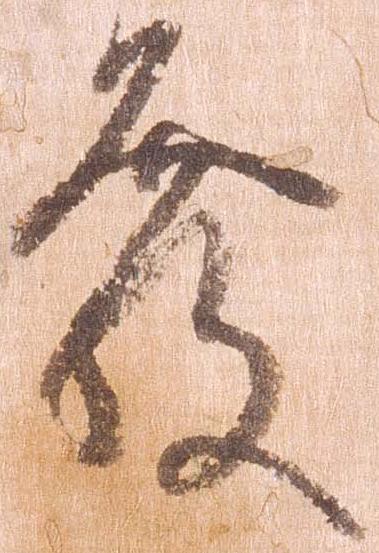
発